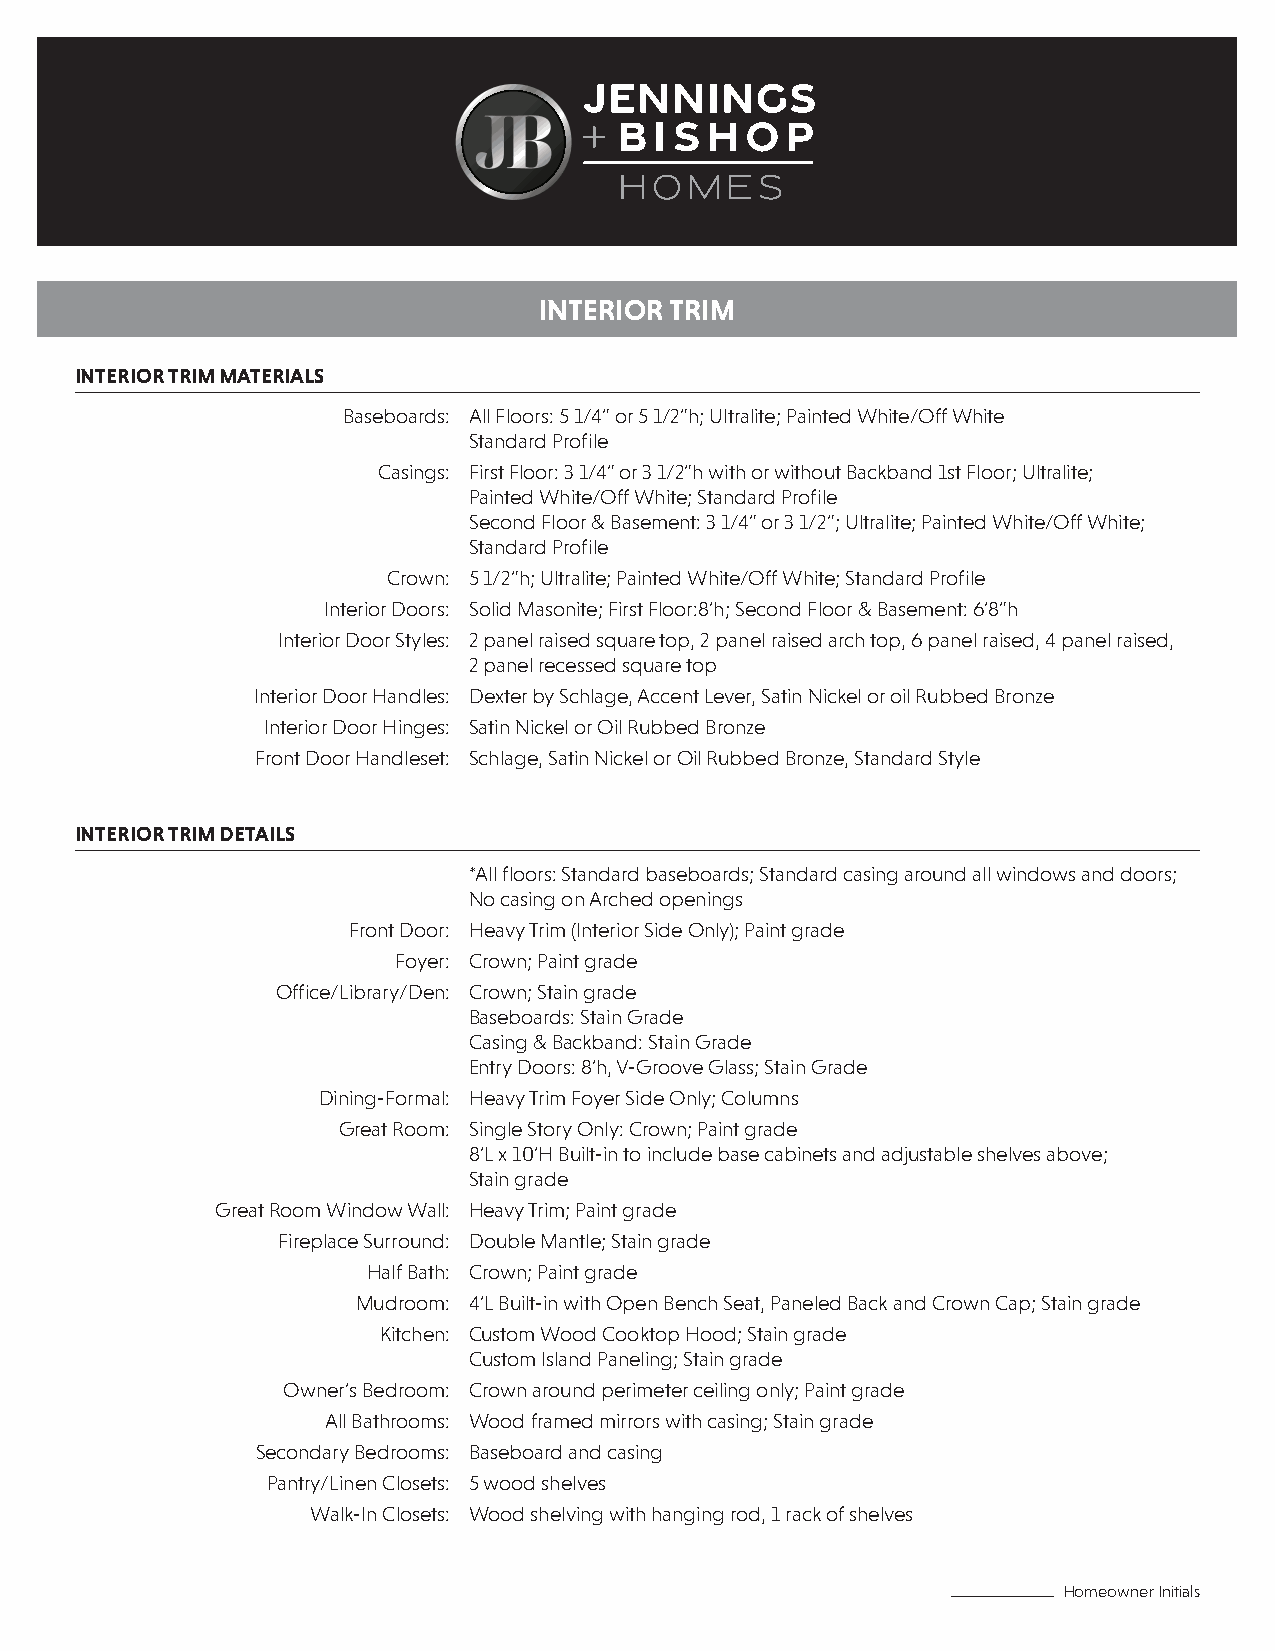
INTERIOR TRIM
 INTERIOR TRIM MATERIALS
 Baseboards: All Floors: 5 1/4” or 5 1/2”h; Ultralite; Painted White/Off White
 Standard Profile
 Casings: First Floor: 3 1/4” or 3 1/2”h with or without Backband 1st Floor; Ultralite;
 Painted White/Off White; Standard Profile
 Second Floor & Basement: 3 1/4” or 3 1/2”; Ultralite; Painted White/Off White;
 Standard Profile
 Crown: 5 1/2”h; Ultralite; Painted White/Off White; Standard Profile
 Interior Doors: Solid Masonite; First Floor:8’h; Second Floor & Basement: 6’8”h
 Interior Door Styles: 2 panel raised square top, 2 panel raised arch top, 6 panel raised, 4 panel raised,
 2 panel recessed square top
 Interior Door Handles: Dexter by Schlage, Accent Lever, Satin Nickel or oil Rubbed Bronze
 Interior Door Hinges: Satin Nickel or Oil Rubbed Bronze
 Front Door Handleset: Schlage, Satin Nickel or Oil Rubbed Bronze, Standard Style
 INTERIOR TRIM DETAILS
 *All floors: Standard baseboards; Standard casing around all windows and doors;
 No casing on Arched openings
 Front Door: Heavy Trim (Interior Side Only); Paint grade
 Foyer: Crown; Paint grade
 Office/Library/Den: Crown; Stain grade
 Baseboards: Stain Grade
 Casing & Backband: Stain Grade
 Entry Doors: 8’h, V-Groove Glass; Stain Grade
 Dining-Formal: Heavy Trim Foyer Side Only; Columns
 Great Room: Single Story Only: Crown; Paint grade
 8’L x 10’H Built-in to include base cabinets and adjustable shelves above;
 Stain grade
 Great Room Window Wall: Heavy Trim; Paint grade
 Fireplace Surround: Double Mantle; Stain grade
 Half Bath: Crown; Paint grade
 Mudroom: 4’L Built-in with Open Bench Seat, Paneled Back and Crown Cap; Stain grade
 Kitchen: Custom Wood Cooktop Hood; Stain grade
 Custom Island Paneling; Stain grade
 Owner’s Bedroom: Crown around perimeter ceiling only; Paint grade
 All Bathrooms: Wood framed mirrors with casing; Stain grade
 Secondary Bedrooms: Baseboard and casing
 Pantry/Linen Closets: 5 wood shelves
 Walk-In Closets: Wood shelving with hanging rod, 1 rack of shelves
 Homeowner Initials